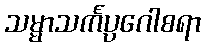
သမ္မာသင်္ကပ္ပဂေါစရာ